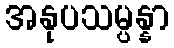
အနုပသမ္ပန္နာ